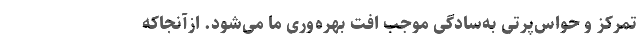
تمرکز و حواس‌پرتی به‌سادگی موجب افت بهره‌وری ما می‌شود. ازآنجاکه